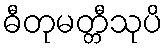
ဓီတုမတ္တီသုပိ